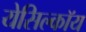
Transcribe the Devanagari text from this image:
येसिल्कॉय